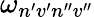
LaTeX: \omega_{n^{\prime}v^{\prime}n^{\prime\prime}v^{\prime\prime}}